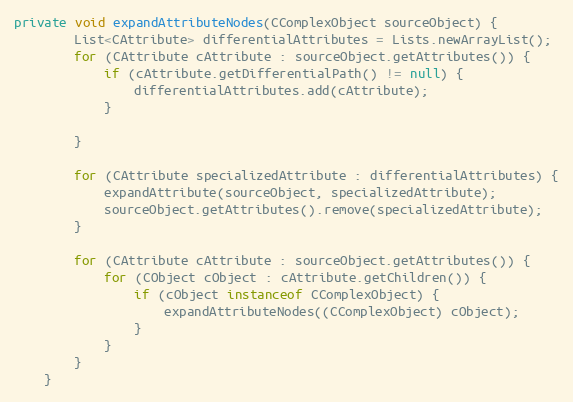
Language: Java
private void expandAttributeNodes(CComplexObject sourceObject) {
        List<CAttribute> differentialAttributes = Lists.newArrayList();
        for (CAttribute cAttribute : sourceObject.getAttributes()) {
            if (cAttribute.getDifferentialPath() != null) {
                differentialAttributes.add(cAttribute);
            }

        }

        for (CAttribute specializedAttribute : differentialAttributes) {
            expandAttribute(sourceObject, specializedAttribute);
            sourceObject.getAttributes().remove(specializedAttribute);
        }

        for (CAttribute cAttribute : sourceObject.getAttributes()) {
            for (CObject cObject : cAttribute.getChildren()) {
                if (cObject instanceof CComplexObject) {
                    expandAttributeNodes((CComplexObject) cObject);
                }
            }
        }
    }